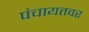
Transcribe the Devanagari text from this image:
पंचायतवर